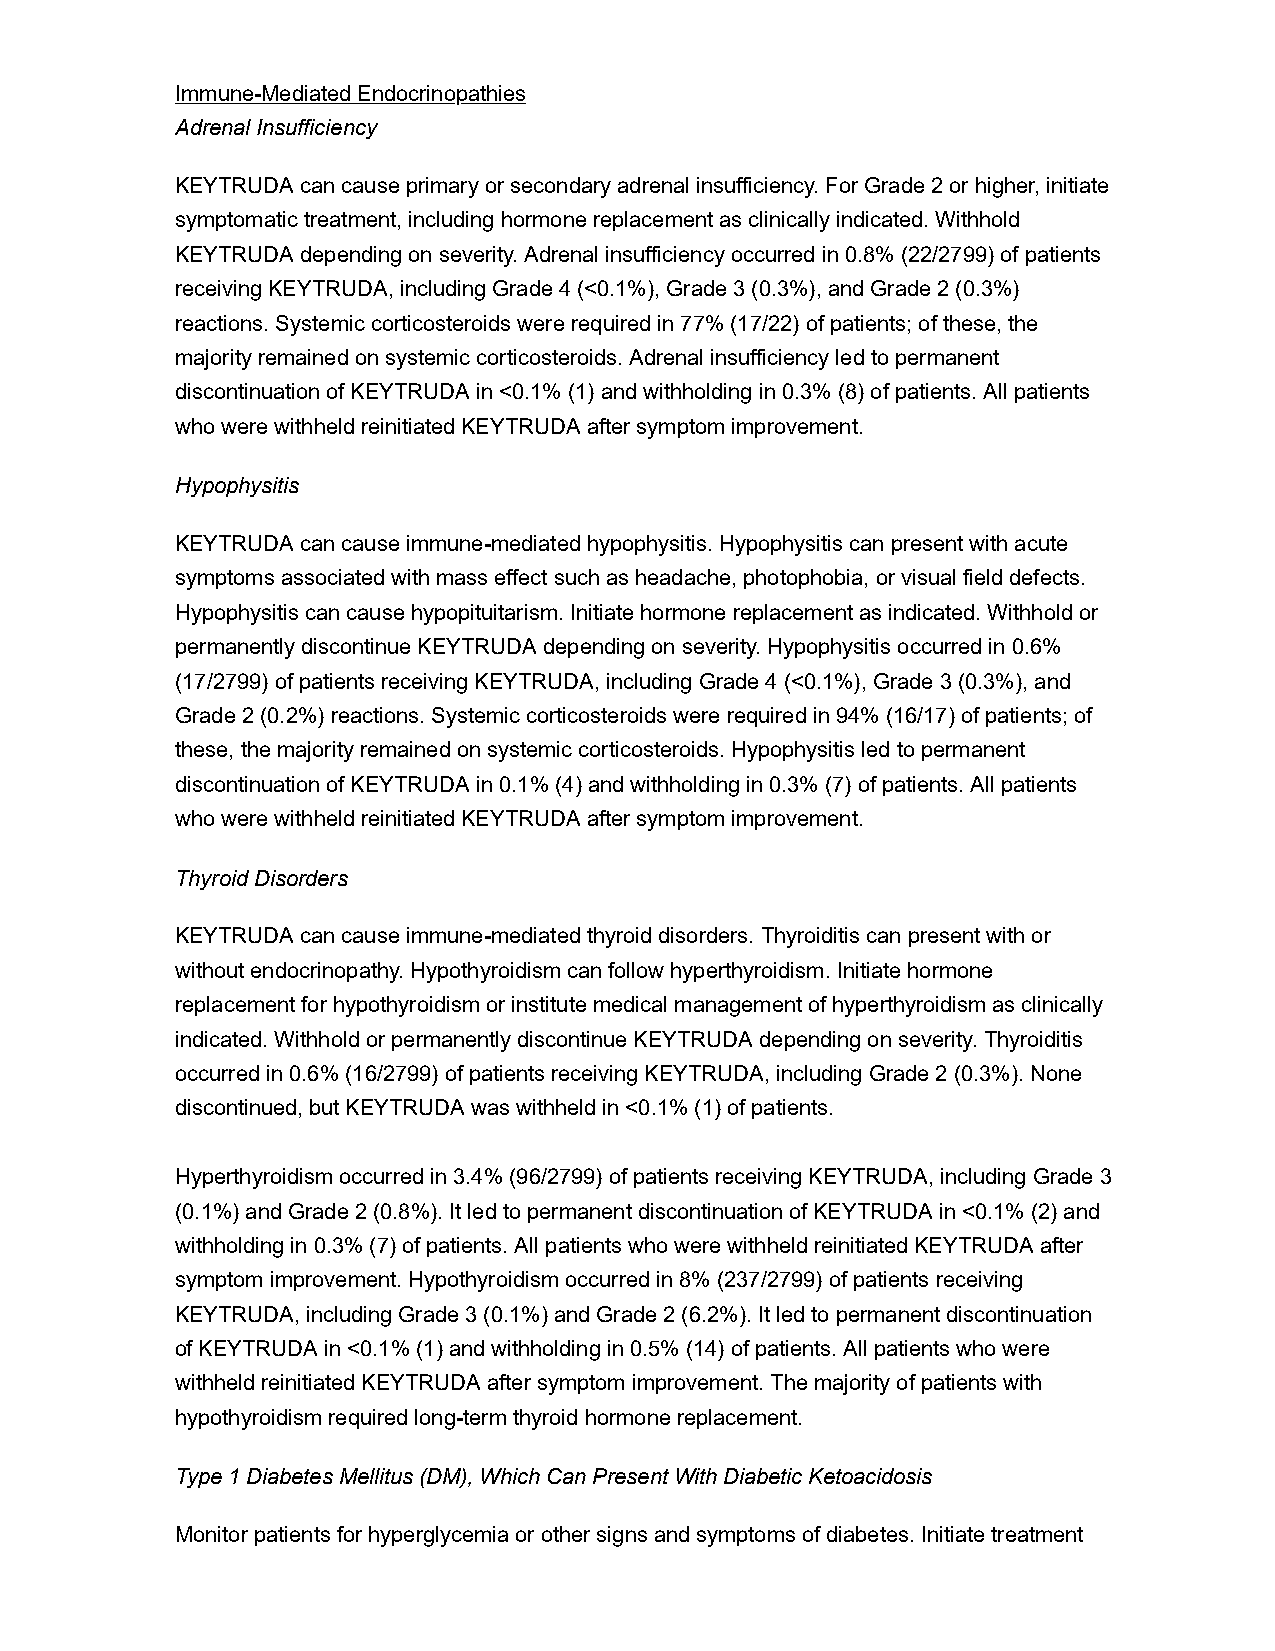
Immune-Mediated Endocrinopathies
 Adrenal Insufficiency
 KEYTRUDA can cause primary or secondary adrenal insufficiency. For Grade 2 or higher, initiate
 symptomatic treatment, including hormone replacement as clinically indicated. Withhold
 KEYTRUDA depending on severity. Adrenal insufficiency occurred in 0.8% (22/2799) of patients
 receiving KEYTRUDA, including Grade 4 (<0.1%), Grade 3 (0.3%), and Grade 2 (0.3%)
 reactions. Systemic corticosteroids were required in 77% (17/22) of patients; of these, the
 majority remained on systemic corticosteroids. Adrenal insufficiency led to permanent
 discontinuation of KEYTRUDA in <0.1% (1) and withholding in 0.3% (8) of patients. All patients
 who were withheld reinitiated KEYTRUDA after symptom improvement.
 Hypophysitis
 KEYTRUDA can cause immune-mediated hypophysitis. Hypophysitis can present with acute
 symptoms associated with mass effect such as headache, photophobia, or visual field defects.
 Hypophysitis can cause hypopituitarism. Initiate hormone replacement as indicated. Withhold or
 permanently discontinue KEYTRUDA depending on severity. Hypophysitis occurred in 0.6%
 (17/2799) of patients receiving KEYTRUDA, including Grade 4 (<0.1%), Grade 3 (0.3%), and
 Grade 2 (0.2%) reactions. Systemic corticosteroids were required in 94% (16/17) of patients; of
 these, the majority remained on systemic corticosteroids. Hypophysitis led to permanent
 discontinuation of KEYTRUDA in 0.1% (4) and withholding in 0.3% (7) of patients. All patients
 who were withheld reinitiated KEYTRUDA after symptom improvement.
 Thyroid Disorders
 KEYTRUDA can cause immune-mediated thyroid disorders. Thyroiditis can present with or
 without endocrinopathy. Hypothyroidism can follow hyperthyroidism. Initiate hormone
 replacement for hypothyroidism or institute medical management of hyperthyroidism as clinically
 indicated. Withhold or permanently discontinue KEYTRUDA depending on severity. Thyroiditis
 occurred in 0.6% (16/2799) of patients receiving KEYTRUDA, including Grade 2 (0.3%). None
 discontinued, but KEYTRUDA was withheld in <0.1% (1) of patients.
 Hyperthyroidism occurred in 3.4% (96/2799) of patients receiving KEYTRUDA, including Grade 3
 (0.1%) and Grade 2 (0.8%). It led to permanent discontinuation of KEYTRUDA in <0.1% (2) and
 withholding in 0.3% (7) of patients. All patients who were withheld reinitiated KEYTRUDA after
 symptom improvement. Hypothyroidism occurred in 8% (237/2799) of patients receiving
 KEYTRUDA, including Grade 3 (0.1%) and Grade 2 (6.2%). It led to permanent discontinuation
 of KEYTRUDA in <0.1% (1) and withholding in 0.5% (14) of patients. All patients who were
 withheld reinitiated KEYTRUDA after symptom improvement. The majority of patients with
 hypothyroidism required long-term thyroid hormone replacement.
 Type 1 Diabetes Mellitus (DM), Which Can Present With Diabetic Ketoacidosis
 Monitor patients for hyperglycemia or other signs and symptoms of diabetes. Initiate treatment